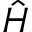
\hat { H }